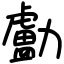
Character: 㔧